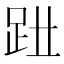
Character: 𧿱